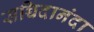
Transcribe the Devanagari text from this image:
सच्चिदानंदा